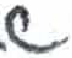
אות: ש